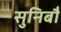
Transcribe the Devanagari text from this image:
सुनिबौ